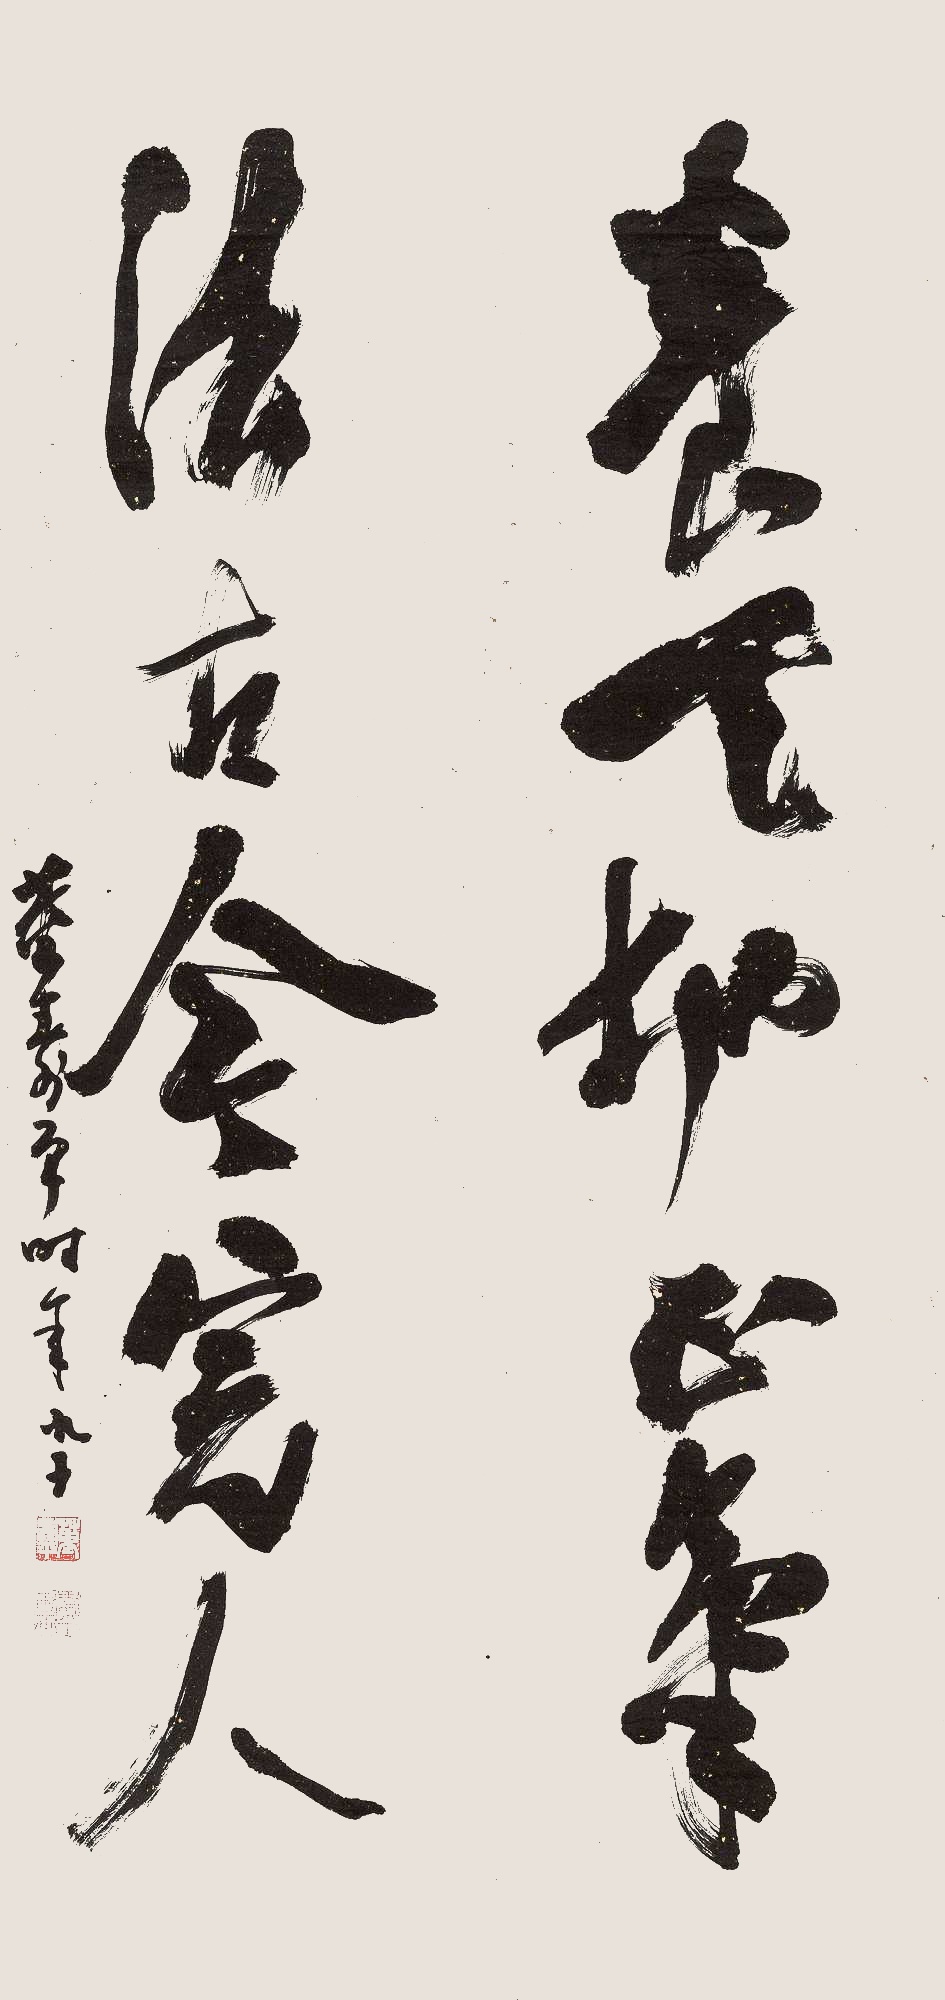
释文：养天地正气，法古今完人。董寿平时年九十。